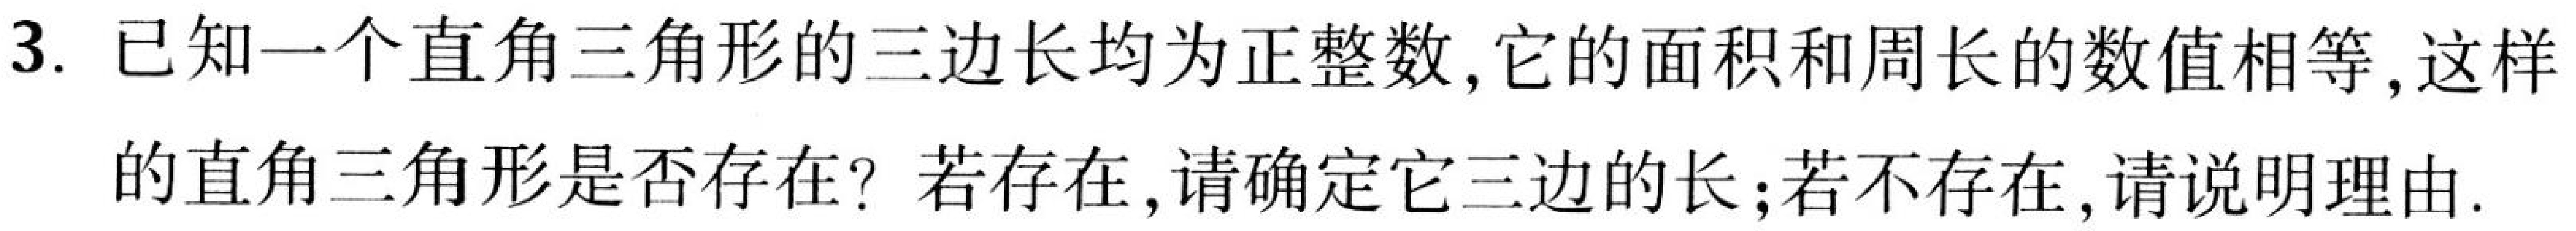
3. 已知一个直角三角形的三边长均为正整数, 它的面积和周长的数值相等, 这样
的直角三角形是否存在? 若存在, 请确定它三边的长; 若不存在, 请说明理由.